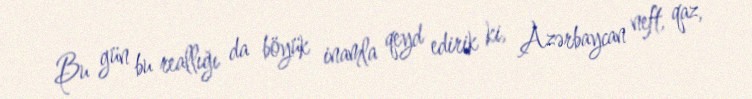
Bu gün bu reallığı da böyük inamla qeyd edirik ki, Azərbaycan neft, qaz,